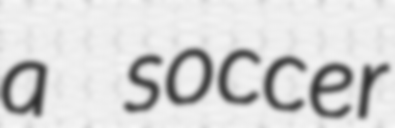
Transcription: a soccer